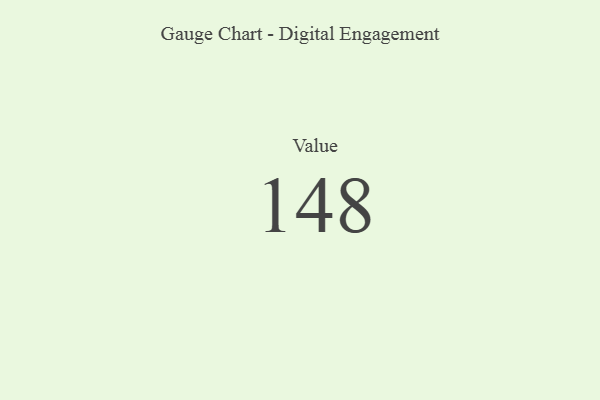
{"axis": {"x": "Metric", "y": "Value"}, "legend": [""], "data": [{"x": "Value", "y": 148, "type": ""}]}